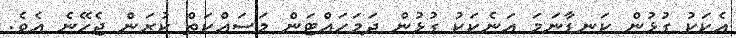
އެކަކު ގުޅުން ކަނޑާނަމަ އަނެކަކު ގުޅުން ދަމަހައްޓަން މަސައްކަތް ކުރަން ޖެހޭނެ އެވެ.